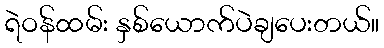
ရဲဝန်ထမ်း နှစ်ယောက်ပဲချပေးတယ်။